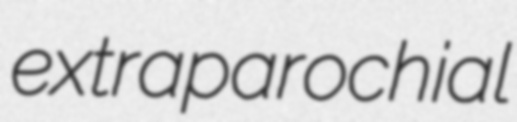
extraparochial